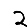
Digit: 2